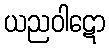
ယညဝါဋော